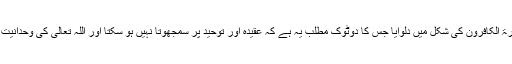
اللہ تعالیٰ نے اس کا جواب قرآن کریم میں سورۃ الکافرون کی شکل میں دلوایا جس کا دوٹوک مطلب یہ ہے کہ عقیدہ اور توحید پر سمجھوتا نہیں ہو سکتا اور اللہ تعالیٰ کی وحدانیت کے معاملے میں کوئی لچک ممکن نہیں ہے۔